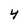
Character: 4